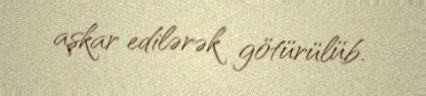
aşkar edilərək götürülüb.